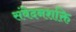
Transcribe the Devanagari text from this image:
संवेदनशक्ति